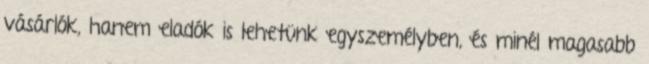
vásárlók, hanem eladók is lehetünk egyszemélyben, és minél magasabb